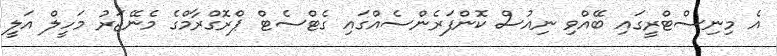
އެ މިނިސްޓްރީގައި ބޭއްވި ނިއުސް ކޮންފަރެންސެއްގައި ގެޓްސެޓް ޕްރޮގްރާމްގެ މެނޭޖަރު މަހީލް އަލީ